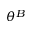
\theta ^ { B }